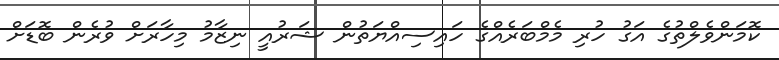
ކޮމަންވެލްތުގެ އަގު ހުރި މެމްބަރެއްގެ ހައިސިއްޔަތުން ޝަރުއީ ނިޒާމު މިހާރަށް ވުރެން ބޮޑަށް